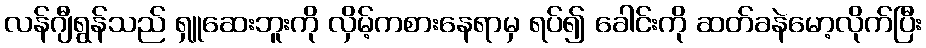
လန်ဂျီရွန်သည် ရှူဆေးဘူးကို လှိမ့်ကစားနေရာမှ ရပ်၍ ခေါင်းကို ဆတ်ခနဲမော့လိုက်ပြီး